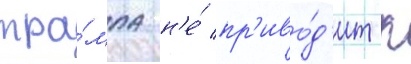
тра́мпа н'е́ пр'иво́д'ит к